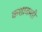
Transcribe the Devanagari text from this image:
कशाकशी